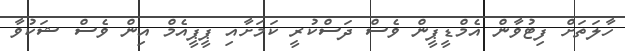
ހާލަތަށް ފިޓުވާން އެމްޑީޕީން ވެސް ދަސްކުރީ ކަމަށާއި ޕީޕީއެމް އިން ވެސް ޝަކުވާ